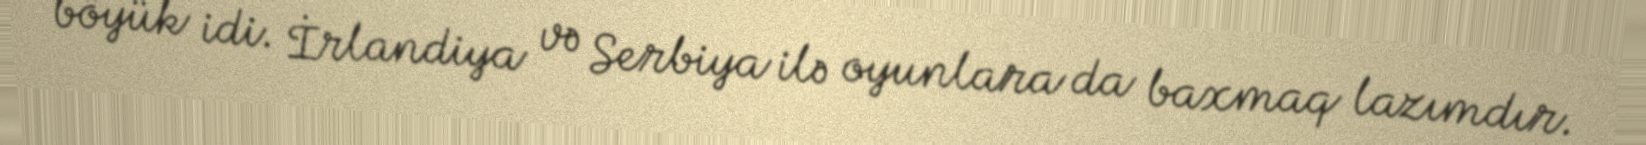
böyük idi. İrlandiya və Serbiya ilə oyunlara da baxmaq lazımdır.